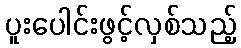
ပူးပေါင်းဖွင့်လှစ်သည့်